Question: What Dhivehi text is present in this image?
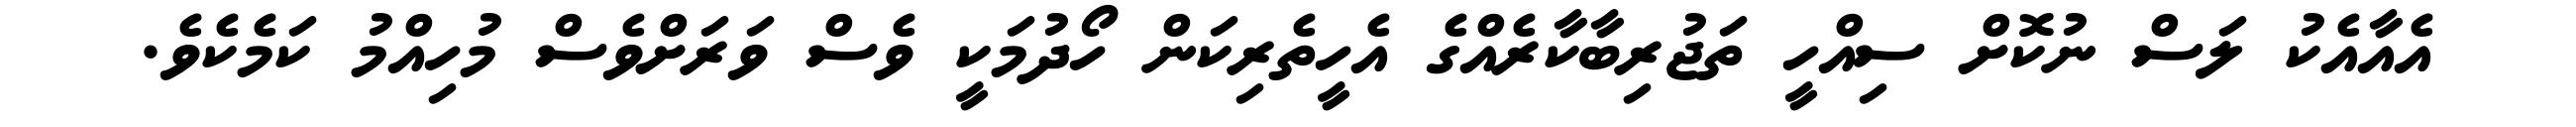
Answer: އެއާއެކު ލަސް ނުކޮށް ސިއްހީ ތަޖުރިބާކާރެއްގެ އެހީތެރިކަން ހޯދުމަކީ ވެސް ވަރަށްވެސް މުހިއްމު ކަމެކެވެ.